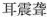
耳震聋